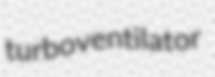
turboventilator